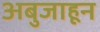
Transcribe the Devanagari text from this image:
अबुजाहून